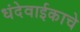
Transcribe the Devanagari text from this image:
धंदेवाईकाचे